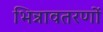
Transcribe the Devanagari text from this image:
भिन्नावतरणों